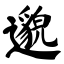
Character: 邈